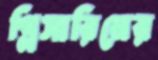
গ্লিসারিনের